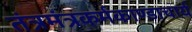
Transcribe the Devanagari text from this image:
तंत्रमंत्रकर्मकाण्डाचार्य